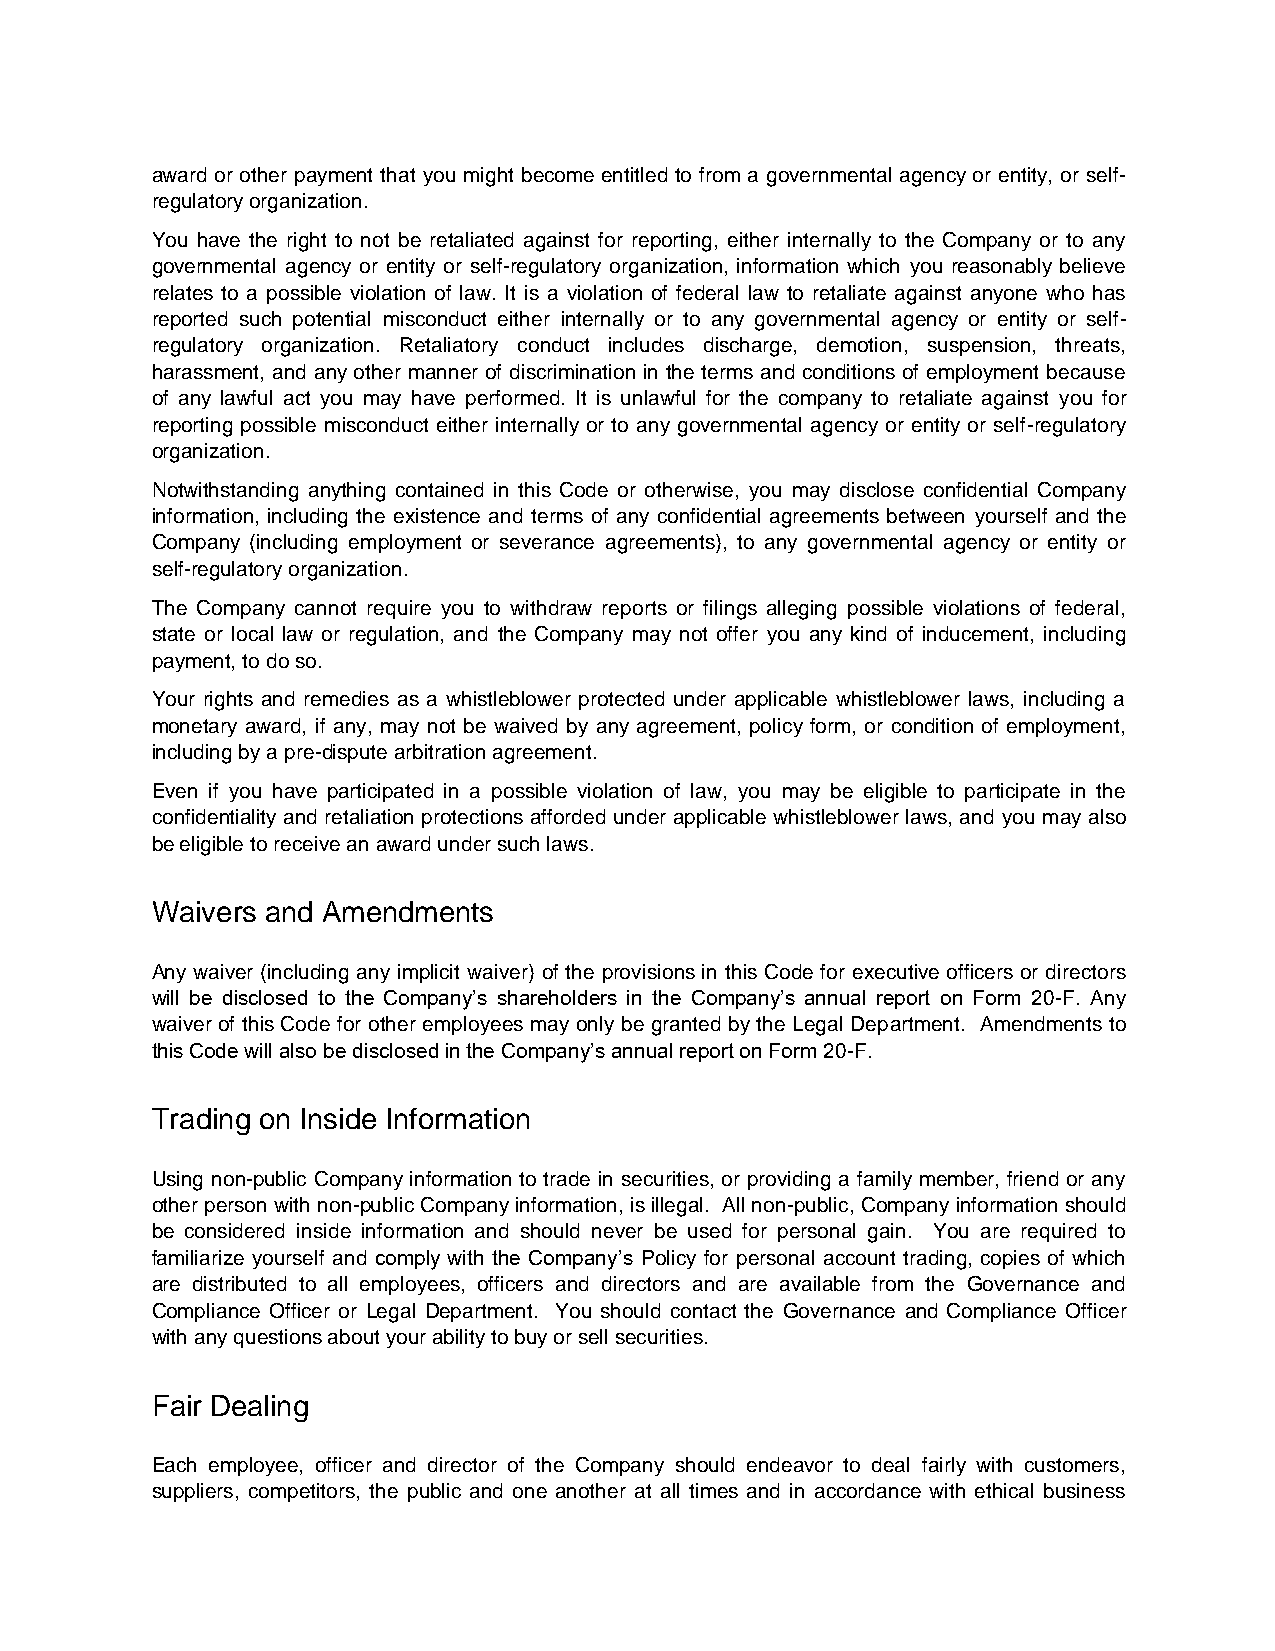
award or other payment that you might become entitled to from a governmental agency or entity, or self-
 regulatory organization.
 You have the right to not be retaliated against for reporting, either internally to the Company or to any
 governmental agency or entity or self-regulatory organization, information which you reasonably believe
 relates to a possible violation of law. It is a violation of federal law to retaliate against anyone who has
 reported such potential misconduct either internally or to any governmental agency or entity or self-
 regulatory organization. Retaliatory conduct includes discharge, demotion, suspension, threats,
 harassment, and any other manner of discrimination in the terms and conditions of employment because
 of any lawful act you may have performed. It is unlawful for the company to retaliate against you for
 reporting possible misconduct either internally or to any governmental agency or entity or self-regulatory
 organization.
 Notwithstanding anything contained in this Code or otherwise, you may disclose confidential Company
 information, including the existence and terms of any confidential agreements between yourself and the
 Company (including employment or severance agreements), to any governmental agency or entity or
 self-regulatory organization.
 The Company cannot require you to withdraw reports or filings alleging possible violations of federal,
 state or local law or regulation, and the Company may not offer you any kind of inducement, including
 payment, to do so.
 Your rights and remedies as a whistleblower protected under applicable whistleblower laws, including a
 monetary award, if any, may not be waived by any agreement, policy form, or condition of employment,
 including by a pre-dispute arbitration agreement.
 Even if you have participated in a possible violation of law, you may be eligible to participate in the
 confidentiality and retaliation protections afforded under applicable whistleblower laws, and you may also
 be eligible to receive an award under such laws.
 Waivers and Amendments
 Any waiver (including any implicit waiver) of the provisions in this Code for executive officers or directors
 will be disclosed to the Company’s shareholders in the Company’s annual report on Form 20-F. Any
 waiver of this Code for other employees may only be granted by the Legal Department. Amendments to
 this Code will also be disclosed in the Company’s annual report on Form 20-F.
 Trading on Inside Information
 Using non-public Company information to trade in securities, or providing a family member, friend or any
 other person with non-public Company information, is illegal. All non-public, Company information should
 be considered inside information and should never be used for personal gain. You are required to
 familiarize yourself and comply with the Company’s Policy for personal account trading, copies of which
 are distributed to all employees, officers and directors and are available from the Governance and
 Compliance Officer or Legal Department. You should contact the Governance and Compliance Officer
 with any questions about your ability to buy or sell securities.
 Fair Dealing
 Each employee, officer and director of the Company should endeavor to deal fairly with customers,
 suppliers, competitors, the public and one another at all times and in accordance with ethical business